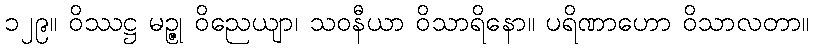
၁၂၉။ ဝိဿဋ္ဌ မဉ္ဇု ဝိညေယျာ၊ သဝနီယာ ဝိသာရိနော။ ပရိဏာဟော ဝိသာလတာ။